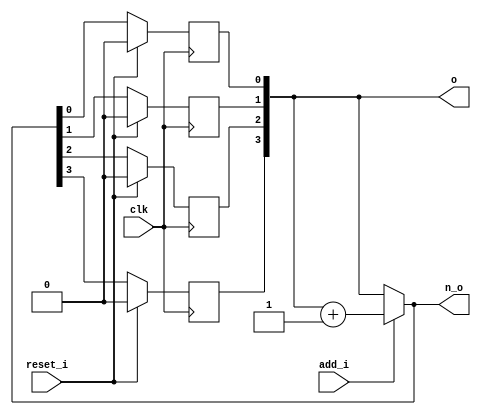
module bsg_circular_ptr_slots_p16_max_add_p1
(
  clk,
  reset_i,
  add_i,
  o,
  n_o
);

  input [0:0] add_i;
  output [3:0] o;
  output [3:0] n_o;
  input clk;
  input reset_i;
  wire [3:0] o,n_o,genblk1_genblk1_ptr_r_p1;
  wire N0,N1,N2;
  reg o_3_sv2v_reg,o_2_sv2v_reg,o_1_sv2v_reg,o_0_sv2v_reg;
  assign o[3] = o_3_sv2v_reg;
  assign o[2] = o_2_sv2v_reg;
  assign o[1] = o_1_sv2v_reg;
  assign o[0] = o_0_sv2v_reg;

  always @(posedge clk) begin
    if(reset_i) begin
      o_3_sv2v_reg <= 1'b0;
    end else if(1'b1) begin
      o_3_sv2v_reg <= n_o[3];
    end 
  end


  always @(posedge clk) begin
    if(reset_i) begin
      o_2_sv2v_reg <= 1'b0;
    end else if(1'b1) begin
      o_2_sv2v_reg <= n_o[2];
    end 
  end


  always @(posedge clk) begin
    if(reset_i) begin
      o_1_sv2v_reg <= 1'b0;
    end else if(1'b1) begin
      o_1_sv2v_reg <= n_o[1];
    end 
  end


  always @(posedge clk) begin
    if(reset_i) begin
      o_0_sv2v_reg <= 1'b0;
    end else if(1'b1) begin
      o_0_sv2v_reg <= n_o[0];
    end 
  end

  assign genblk1_genblk1_ptr_r_p1 = o + 1'b1;
  assign n_o = (N0)? genblk1_genblk1_ptr_r_p1 : 
               (N1)? o : 1'b0;
  assign N0 = add_i[0];
  assign N1 = N2;
  assign N2 = ~add_i[0];

endmodule